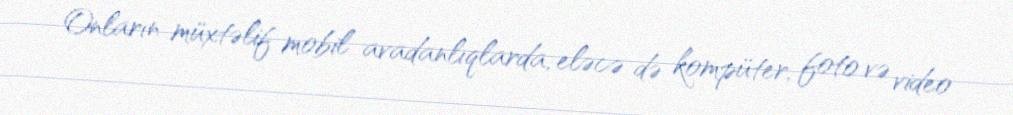
Onların müxtəlif mobil avadanlıqlarda, eləcə də kompüter, foto və video